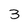
Character: 3